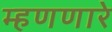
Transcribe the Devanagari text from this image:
म्हणणारे